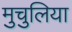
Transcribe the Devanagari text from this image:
मुचुलिया